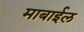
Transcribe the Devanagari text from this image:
माबाईल